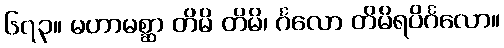
၆၇၃။ မဟာမစ္ဆာ တိမိ တိမိ၊ င်္ဂလော တိမိရပိင်္ဂလော။